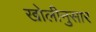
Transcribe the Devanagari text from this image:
खोलीनुसार